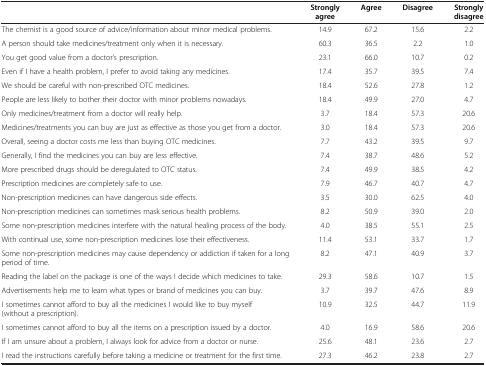
<table><thead><tr><td>[EMPTY_CELL]</td><td><b>Strongly agree</b></td><td><b>Agree</b></td><td><b>Disagree</b></td><td><b>Strongly disagree</b></td></tr></thead><tbody><tr><td>The chemist is a good source of advice/information about minor medical problems.</td><td>14.9</td><td>67.2</td><td>15.6</td><td>2.2</td></tr><tr><td>A person should take medicines/treatment only when it is necessary.</td><td>60.3</td><td>36.5</td><td>2.2</td><td>1.0</td></tr><tr><td>You get good value from a doctor’s prescription.</td><td>23.1</td><td>66.0</td><td>10.7</td><td>0.2</td></tr><tr><td>Even if I have a health problem, I prefer to avoid taking any medicines.</td><td>17.4</td><td>35.7</td><td>39.5</td><td>7.4</td></tr><tr><td>We should be careful with non-prescribed OTC medicines.</td><td>18.4</td><td>52.6</td><td>27.8</td><td>1.2</td></tr><tr><td>People are less likely to bother their doctor with minor problems nowadays.</td><td>18.4</td><td>49.9</td><td>27.0</td><td>4.7</td></tr><tr><td>Only medicines/treatment from a doctor will really help.</td><td>3.7</td><td>18.4</td><td>57.3</td><td>20.6</td></tr><tr><td>Medicines/treatments you can buy are just as effective as those you get from a doctor.</td><td>3.0</td><td>18.4</td><td>57.3</td><td>20.6</td></tr><tr><td>Overall, seeing a doctor costs me less than buying OTC medicines.</td><td>7.7</td><td>43.2</td><td>39.5</td><td>9.7</td></tr><tr><td>Generally, I find the medicines you can buy are less effective.</td><td>7.4</td><td>38.7</td><td>48.6</td><td>5.2</td></tr><tr><td>More prescribed drugs should be deregulated to OTC status.</td><td>7.4</td><td>49.9</td><td>38.5</td><td>4.2</td></tr><tr><td>Prescription medicines are completely safe to use.</td><td>7.9</td><td>46.7</td><td>40.7</td><td>4.7</td></tr><tr><td>Non-prescription medicines can have dangerous side effects.</td><td>3.5</td><td>30.0</td><td>62.5</td><td>4.0</td></tr><tr><td>Non-prescription medicines can sometimes mask serious health problems.</td><td>8.2</td><td>50.9</td><td>39.0</td><td>2.0</td></tr><tr><td>Some non-prescription medicines interfere with the natural healing process of the body.</td><td>4.0</td><td>38.5</td><td>55.1</td><td>2.5</td></tr><tr><td>With continual use, some non-prescription medicines lose their effectiveness.</td><td>11.4</td><td>53.1</td><td>33.7</td><td>1.7</td></tr><tr><td>Some non-prescription medicines may cause dependency or addiction if taken for a long period of time.</td><td>8.2</td><td>47.1</td><td>40.9</td><td>3.7</td></tr><tr><td>Reading the label on the package is one of the ways I decide which medicines to take.</td><td>29.3</td><td>58.6</td><td>10.7</td><td>1.5</td></tr><tr><td>Advertisements help me to learn what types or brand of medicines you can buy.</td><td>3.7</td><td>39.7</td><td>47.6</td><td>8.9</td></tr><tr><td>I sometimes cannot afford to buy all the medicines I would like to buy myself (without a prescription).</td><td>10.9</td><td>32.5</td><td>44.7</td><td>11.9</td></tr><tr><td>I sometimes cannot afford to buy all the items on a prescription issued by a doctor.</td><td>4.0</td><td>16.9</td><td>58.6</td><td>20.6</td></tr><tr><td>If I am unsure about a problem, I always look for advice from a doctor or nurse.</td><td>25.6</td><td>48.1</td><td>23.6</td><td>2.7</td></tr><tr><td>I read the instructions carefully before taking a medicine or treatment for the first time.</td><td>27.3</td><td>46.2</td><td>23.8</td><td>2.7</td></tr></tbody></table>